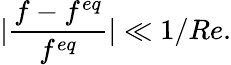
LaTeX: |\frac{f-f^{eq}}{f^{eq}}|\ll 1/Re.